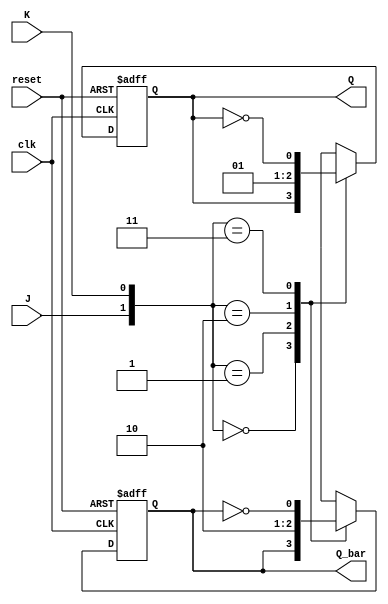
module jk_flip_flop (
    input wire clk,
    input wire reset,
    input wire J,
    input wire K,
    output reg Q,
    output reg Q_bar
);

reg D1, D2;

always @(posedge clk or posedge reset) begin
    if (reset) begin
        D1 <= 0;
        D2 <= 1;
    end else begin
        case ({J,K})
            2'b00: begin // hold state
                D1 <= D1;
                D2 <= D2;
            end
            2'b01: begin // reset state
                D1 <= 0;
                D2 <= 1;
            end
            2'b10: begin // set state
                D1 <= 1;
                D2 <= 0;
            end
            2'b11: begin // toggle state
                D1 <= ~D1;
                D2 <= ~D2;
            end
        endcase
    end
end

assign Q = D1;
assign Q_bar = D2;

endmodule